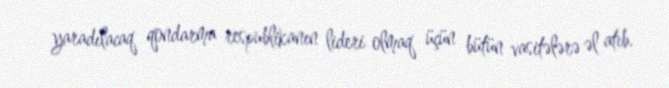
yaradılacaq qondarma respublikanın lideri olmaq üçün bütün vasitələrə əl atıb.